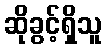
ဆိုခွင့်ရှိသူ